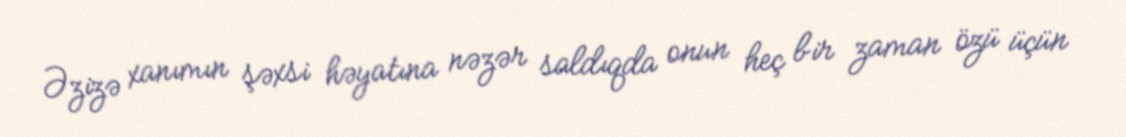
Əzizə xanımın şəxsi həyatına nəzər saldıqda onun heç bir zaman özü üçün